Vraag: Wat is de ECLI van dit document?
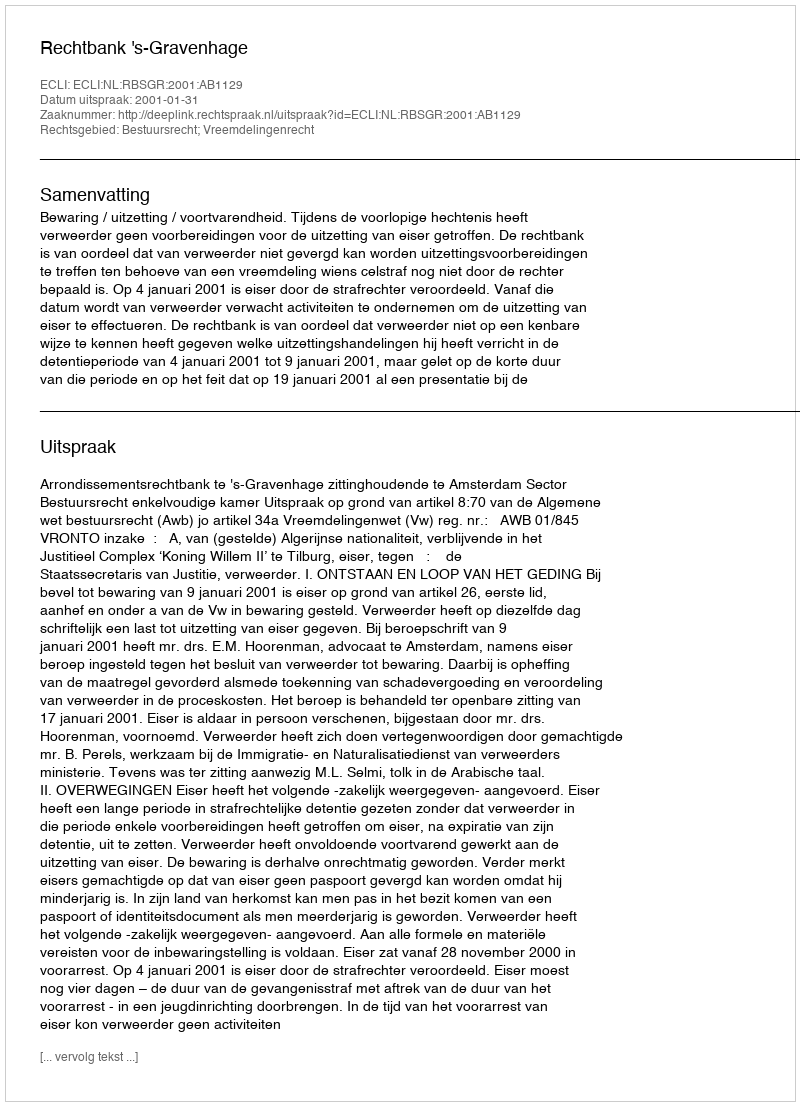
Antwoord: ECLI:NL:RBSGR:2001:AB1129